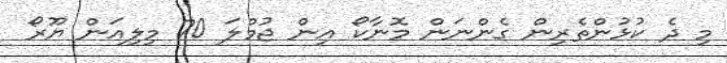
މި ދެ ކުޅުންތެރިން ގެންނަން މޮނާކޯ އިން ޖުމްލަ 70 މިލިއަން ޔޫރޯ